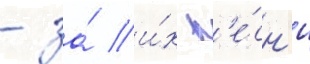
- за́ и́х п'е́сн'ю